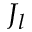
J _ { l }